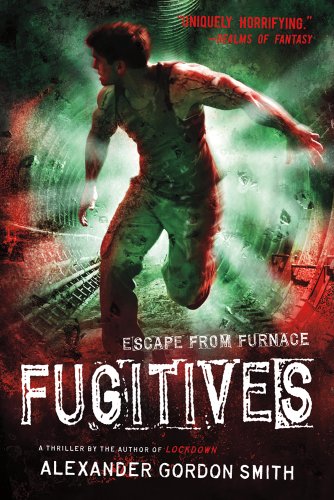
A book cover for Fugitives: Escape from Furnace 4; Alexander Gordon Smith; Teen & Young Adult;